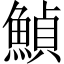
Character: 𩹰